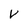
Character: v